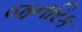
જનરિક